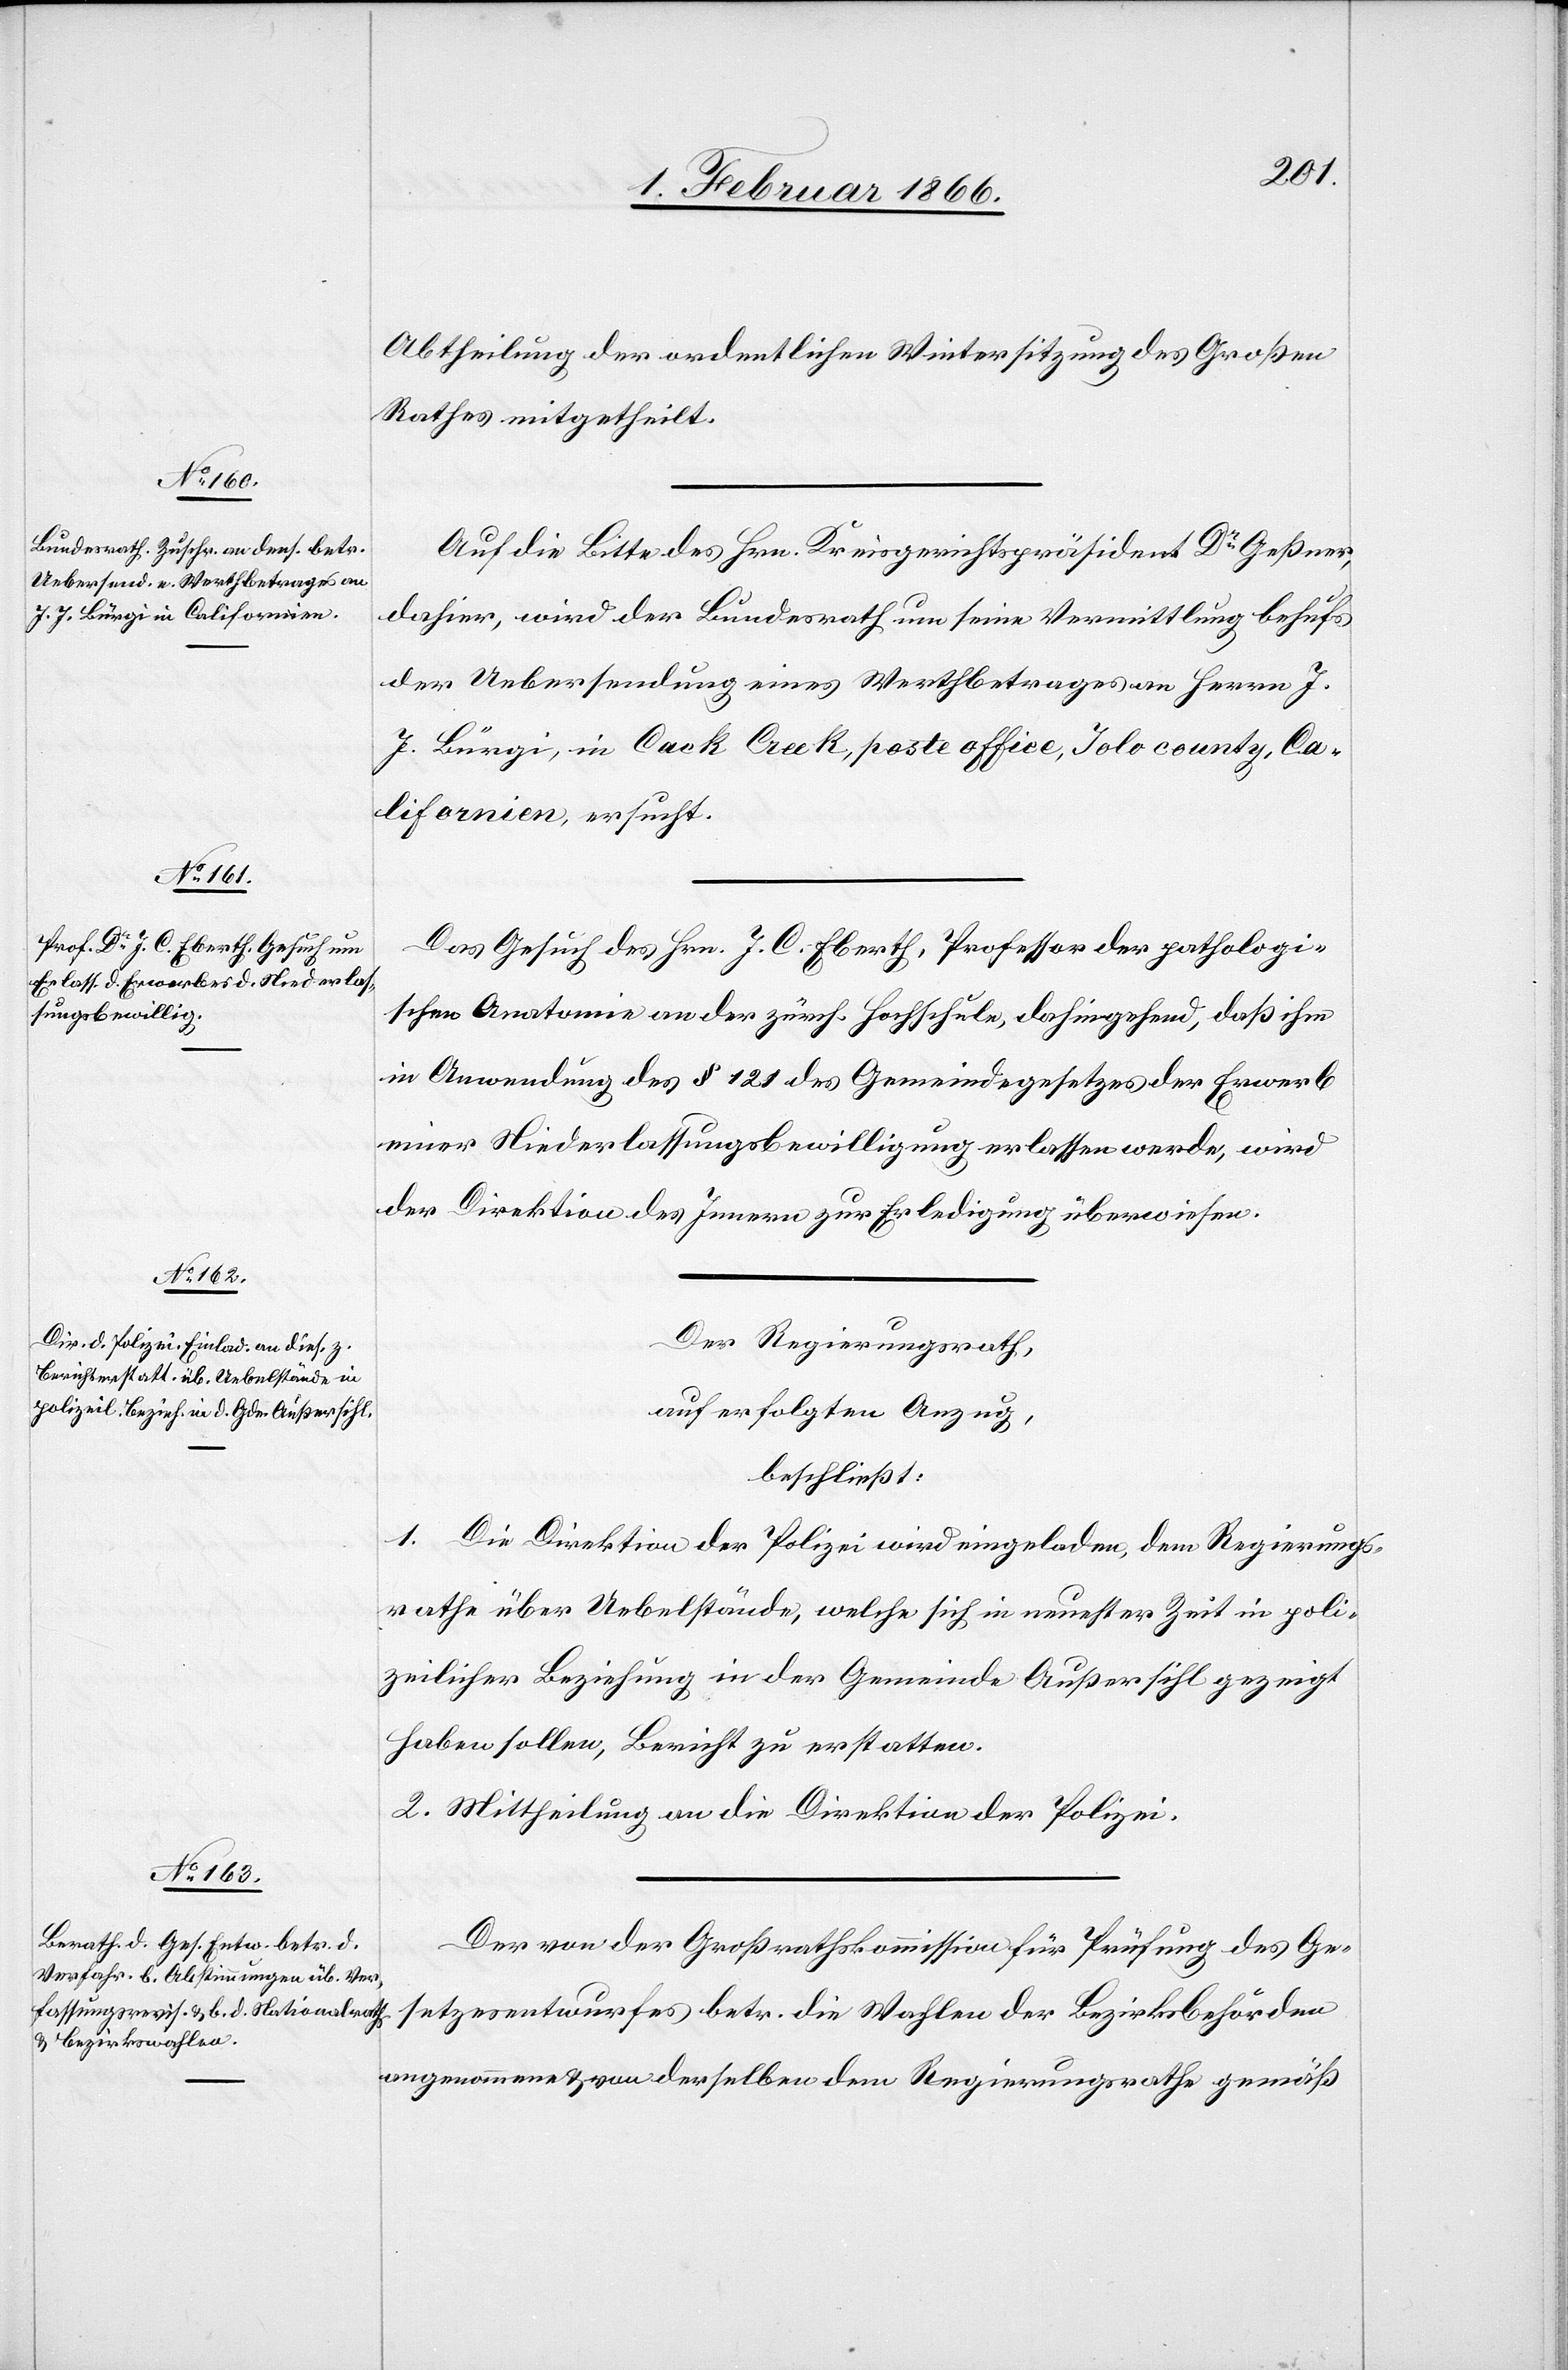
Abtheilung der ordentlichen Wintersitzung des Großen
Rathes mitgetheilt.
Auf die Bitte des Hrn. Kreisgerichtspräsident Dr. Geßner,
dahier, wird der Bundesrath um seine Vermittlung behufs
der Uebersendung eines Werthbetrages an Herrn J.
J. Bürgi, in Cack Creek, poste office, Jolo county, Ca¬
lifornien, ersucht.
Das Gesuch des Hrn. J. C. Eberth, Professor der pathologi¬
schen Anatomie an der zürch. Hochschule, dahingehend, daß ihm
in Anwendung des § 121 des Gemeindegesetzes der Erwerb
einer Niederlassungsbewilligung erlassen werde, wird
der Direktion des Innern zur Erledigung überwiesen.
Der Regierungsrath,
auf erfolgten Anzug,
beschließt:
1. Die Direktion der Polizei wird eingeladen, dem Regierungs¬
rathe über Uebelstände, welche sich in neuester Zeit in poli¬
zeilicher Beziehung in der Gemeinde Außersihl gezeigt
haben sollen, Bericht zu erstatten.
2. Mittheilung an die Direktion der Polizei.
Der von der Großrathskommission für Prüfung des Ge¬
setzesentwurfes betr. die Wahlen der Bezirksbehörden
angenommene u. von derselben dem Regierungsrathe gemäß